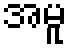
အမူ